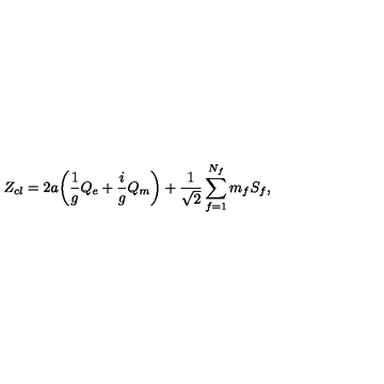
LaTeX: Z _ { c l } = 2 a \biggl ( { \frac { 1 } { g } } Q _ { e } + { \frac { i } { g } } Q _ { m } \biggr ) + { \frac { 1 } { \sqrt { 2 } } } \sum _ { f = 1 } ^ { N _ { f } } m _ { f } S _ { f } ,